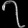
Digit: ၇